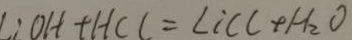
: O H + H C l = L i C C + H _ { 2 } O